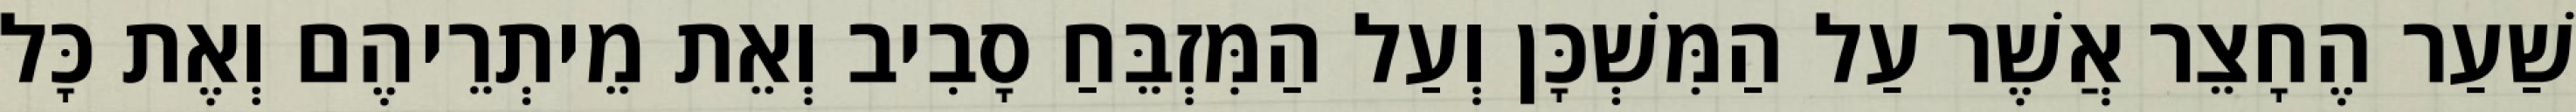
שַׁעַר הֶחָצֵר אֲשֶׁר עַל הַמִּשְׁכָּן וְעַל הַמִּזְבֵּחַ סָבִיב וְאֵת מֵיתְרֵיהֶם וְאֶת כָּל